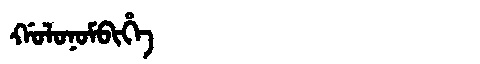
Manchu: ᡤᠣᠯᠣᠨᠣᠮᠪᡳᡥᡝ
Romanization: GOLONOMBIHE